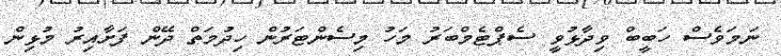
ނަމަވެސް ހަބީބް ވިދާޅުވީ ސެޕްޓެމްބަރު މަހު މިސެންޓަރުން ހިދުމަތް ދޭން ފަށާއިރު މުޅިން